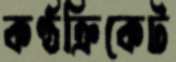
কণ্ঠক্রিকেট